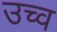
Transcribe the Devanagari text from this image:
उच्व